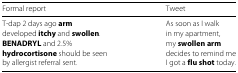
<table><thead><tr><td><b>Formal report</b></td><td><b>Tweet</b></td></tr></thead><tbody><tr><td>T-dap 2 days ago <b>arm</b></td><td>As soon as I walk</td></tr><tr><td>developed <b>itchy</b> and <b>swollen</b>.</td><td>in my apartment,</td></tr><tr><td><b>BENADRYL</b> and 2.5<i>%</i></td><td>my <b>swollen</b><b>arm</b></td></tr><tr><td><b>hydrocortisone</b> should be seen</td><td>decides to remind me</td></tr><tr><td>by allergist referral sent.</td><td>I got a <b>flu</b><b>shot</b> today.</td></tr></tbody></table>